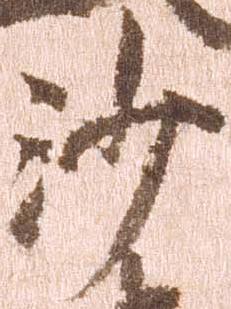
沙